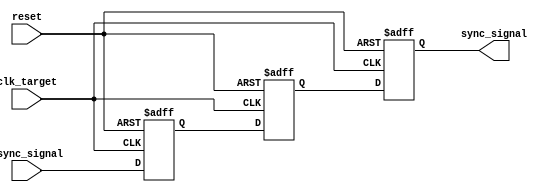
module SignalLevelCrossingSynchronizer (
    input wire clk_target,      // Target clock (Receiver Clock)
    input wire async_signal,    // Asynchronous input signal from the source clock domain
    input wire reset,           // Optional reset signal
    output reg sync_signal      // Synchronized output signal in the target clock domain
);

    // Internal signals for the dual flip-flop synchronizer
    reg ff1;                   // Output of the first flip-flop
    reg ff2;                   // Output of the second flip-flop

    // Dual Flip-Flop Synchronizer
    always @(posedge clk_target or posedge reset) begin
        if (reset) begin
            ff1 <= 1'b0;       // Initialize FF1 on reset
            ff2 <= 1'b0;       // Initialize FF2 on reset
            sync_signal <= 1'b0; // Initialize output on reset
        end else begin
            ff1 <= async_signal; // Capture the asynchronous signal in FF1
            ff2 <= ff1;          // Capture the output of FF1 in FF2
            sync_signal <= ff2;  // Output the synchronized signal
        end
    end

endmodule